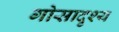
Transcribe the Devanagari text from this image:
गोसादृश्य